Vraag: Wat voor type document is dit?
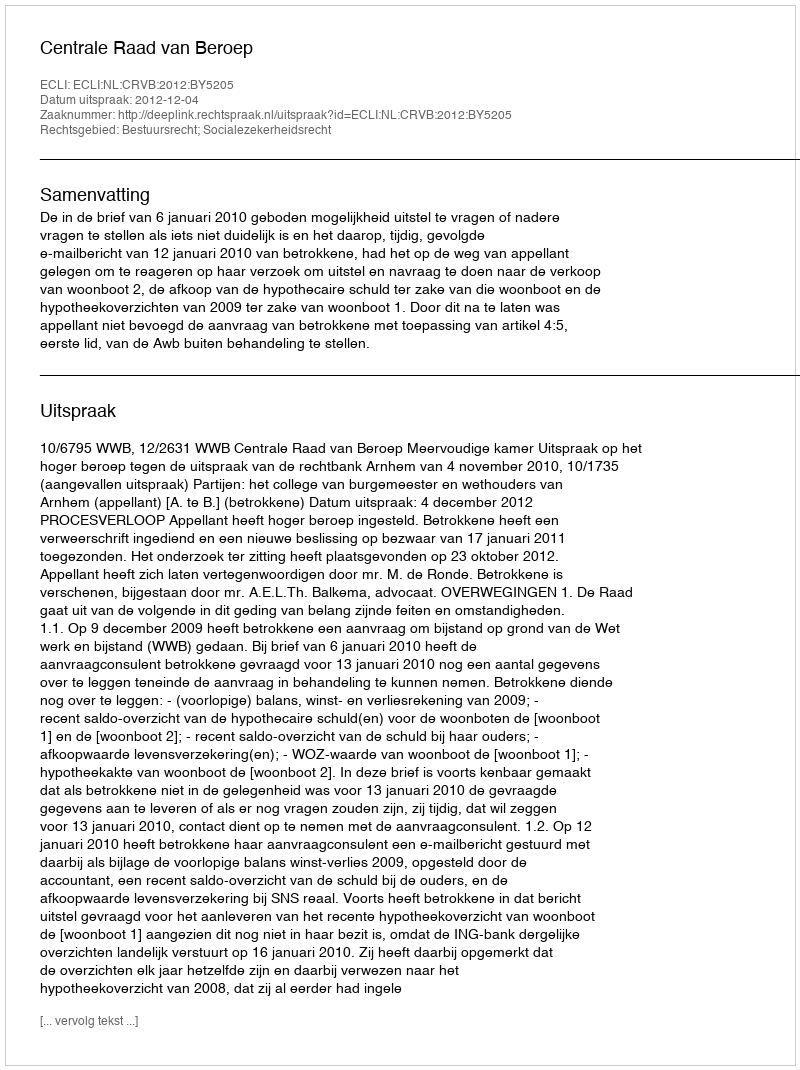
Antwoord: Uitspraak